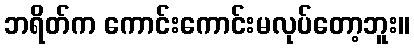
ဘရိတ်က ကောင်းကောင်းမလုပ်တော့ဘူး။